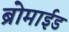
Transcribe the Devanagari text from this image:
ब्रोमाईड